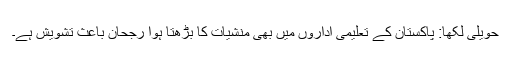
حویلی لکھا: پاکستان کے تعلیمی اداروں میں بھی منشیات کا بڑھتا ہوا رجحان باعثِ تشویش ہے۔